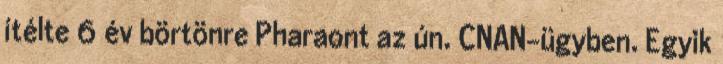
ítélte 6 év börtönre Pharaont az ún. CNAN-ügyben. Egyik